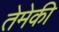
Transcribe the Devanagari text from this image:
तेमेकी